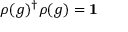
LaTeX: \rho ( g ) ^ { \dagger } \rho ( g ) = \mathbf { 1 }